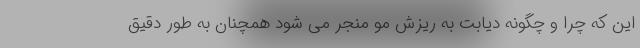
این که چرا و چگونه دیابت به ریزش مو منجر می شود همچنان به طور دقیق